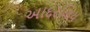
આદરણિય